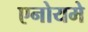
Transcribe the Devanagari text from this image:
एनोयमे